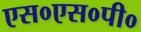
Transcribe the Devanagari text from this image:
एस०एस०पी०